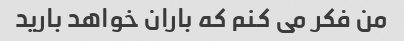
من فکر می کنم که باران خواهد بارید